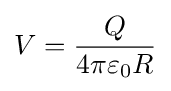
V={\frac {Q}{4\pi \varepsilon _{0}R}}